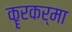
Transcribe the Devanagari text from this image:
कॄरकर्मा